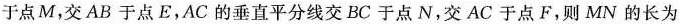
于点M，交AB于点E，AC的垂直平分线交BC于点N，交AC于点F，则MN的长为